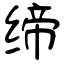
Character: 缔